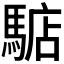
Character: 𩤎